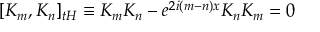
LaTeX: \lbrack K _ { m } , K _ { n } ] _ { t H } \equiv K _ { m } K _ { n } - e ^ { 2 i ( m - n ) x } K _ { n } K _ { m } = 0